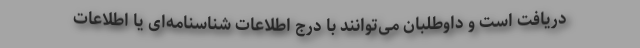
دریافت است و داوطلبان می‌توانند با درج اطلاعات شناسنامه‌ای یا اطلاعات